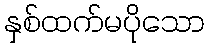
နှစ်ထက်မပိုသော